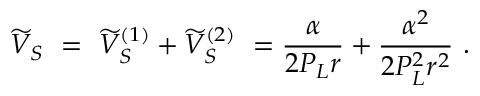
\widetilde V _ { S } \ = \ \widetilde V _ { S } ^ { ( 1 ) } + \widetilde V _ { S } ^ { ( 2 ) } \ = \- \frac { \alpha } { 2 P _ { L } r } + \frac { \alpha ^ { 2 } } { 2 P _ { L } ^ { 2 } r ^ { 2 } } \ .